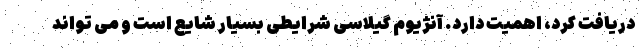
دریافت کرد، اهمیت دارد. آنژیوم گیلاسی شرایطی بسیار شایع است و می تواند